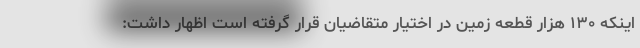
اینکه ۱۳۰ هزار قطعه زمین در اختیار متقاضیان قرار گرفته است اظهار داشت: